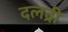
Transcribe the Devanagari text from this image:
दलद्री